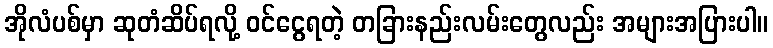
အိုလံပစ်မှာ ဆုတံဆိပ်ရလို့ ဝင်ငွေရတဲ့ တခြားနည်းလမ်းတွေလည်း အများအပြားပါ။